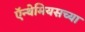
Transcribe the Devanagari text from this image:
ऍन्थेमियसच्या